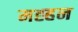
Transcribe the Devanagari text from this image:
मह्हन